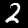
Label: 2